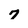
Character: 7